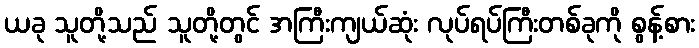
ယခု သူတို့သည် သူတို့တွင် အကြီးကျယ်ဆုံး လုပ်ရပ်ကြီးတစ်ခုကို စွန့်စား